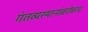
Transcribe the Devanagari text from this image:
गंतव्यस्थानांबरोबरच